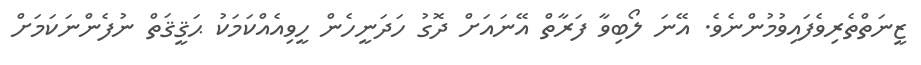
ޒީނަތްތެރިވެފައިވުމުންނެވެ. އޭނަ ލޯބިވާ ފަރާތް އޭނައަށް ދޮގު ހަދަނީހެން ހީވިއެއްކަމަކު ޙަޤީޤަތް ނުފެންނަކަމަށް